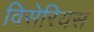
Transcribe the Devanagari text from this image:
विसेरियस